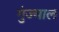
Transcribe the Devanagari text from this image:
गुंज्याल